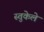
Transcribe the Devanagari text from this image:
स्तुकेले